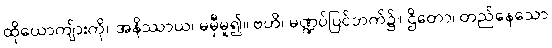
ထိုယောကျ်ားကို။ အနိဿာယ၊ မမှီမူ၍။ ဗဟိ၊ မဏ္ဍပ်ပြင်ဘက်၌။ ဌိတော၊ တည်နေသော